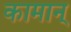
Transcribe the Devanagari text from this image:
कामान्